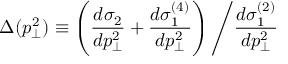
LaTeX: \Delta ( p _ { \perp } ^ { 2 } ) \equiv \left( \frac { d \sigma _ { 2 } } { d p _ { \perp } ^ { 2 } } + \frac { d \sigma _ { 1 } ^ { ( 4 ) } } { d p _ { \perp } ^ { 2 } } \right) \left/ \frac { d \sigma _ { 1 } ^ { ( 2 ) } } { d p _ { \perp } ^ { 2 } } \right.